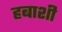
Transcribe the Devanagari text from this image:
हबाशी